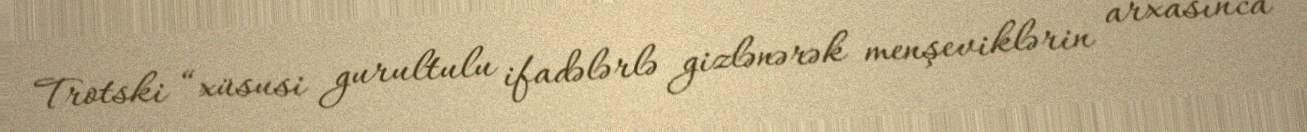
Trotski “xüsusi gurultulu ifadələrlə gizlənərək menşeviklərin arxasınca